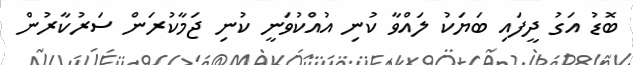
ބޮޑު އަގު ދީފައި ބަޔަކު ލައްވާ ކުނި އުއްކުވަނީ ކުނި ޖަމާކުރަން ސަރުކާރުން